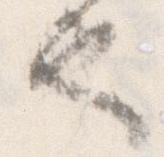
也